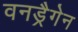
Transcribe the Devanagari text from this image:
वनड्रैगेन